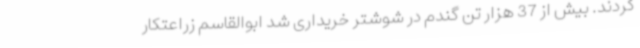
کردند. بیش از 37 هزار تن گندم در شوشتر خریداری شد ابوالقاسم زراعتکار